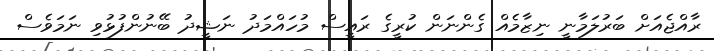
ރާއްޖެއަށް ބަރުލަމާނީ ނިޒާމެއް ގެންނަން ކުރީގެ ރައީސް މުހައްމަދު ނަޝީދު ބޭނުންފުޅުވި ނަމަވެސް